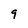
Character: 9